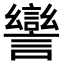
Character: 𧬾